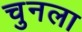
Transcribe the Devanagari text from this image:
चुनला